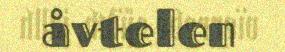
åvtelen